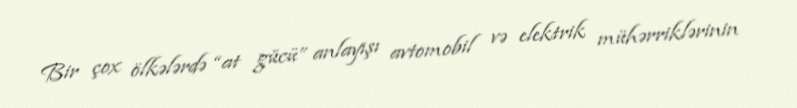
Bir çox ölkələrdə “at gücü” anlayışı avtomobil və elektrik mühərriklərinin